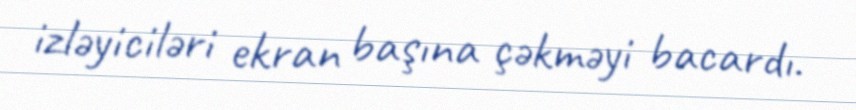
izləyiciləri ekran başına çəkməyi bacardı.